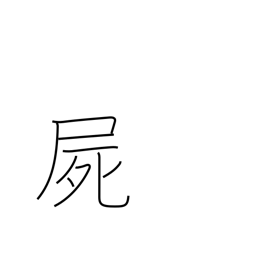
Meaning: corpse